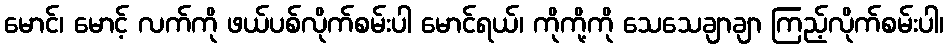
မောင်၊ မောင့် လက်ကို ဖယ်ပစ်လိုက်စမ်းပါ မောင်ရယ်၊ ကိုကို့ကို သေသေချာချာ ကြည့်လိုက်စမ်းပါ၊